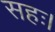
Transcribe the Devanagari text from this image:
सहः।